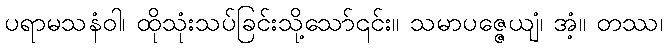
ပရာမသနံဝါ၊ ထိုသုံးသပ်ခြင်းသို့သော်၎င်း။ သမာပဇ္ဇေယျံ၊ အံ့။ တဿ၊